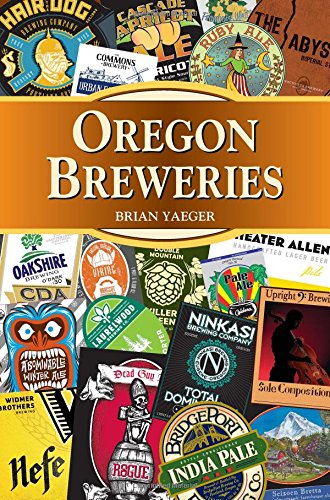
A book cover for Oregon Breweries (Breweries Series); Brian Yaeger; Cookbooks, Food & Wine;